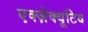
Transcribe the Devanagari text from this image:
एक्ज़ेक्यूटिव